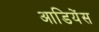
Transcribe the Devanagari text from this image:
आडियेंस